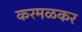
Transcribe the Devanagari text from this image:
करमळकर